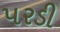
પરડી